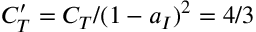
C _ { T } ^ { \prime } = C _ { T } / ( 1 - a _ { I } ) ^ { 2 } = 4 / 3